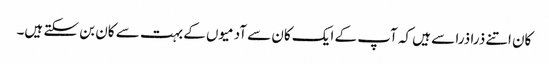
کان اتنے ذرا ذرا سے ہیں کہ آپ کے ایک کان سے آدمیوں کے بہت سے کان بن سکتے ہیں۔